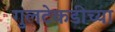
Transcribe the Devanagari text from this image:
गुलटेकडीच्या